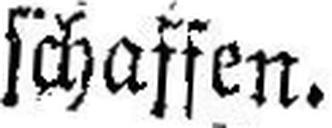
schaffen.